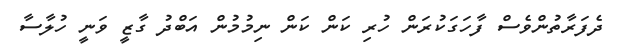
ދެފަރާތުންވެސް ފާހަގަކުރަން ހުރި ކަން ކަން ނިމުމުން އަބްދު ގާޒީ ވަނީ ހުލާސާ